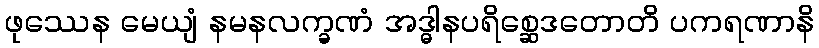
ဖုဿေန မေယျံ နမနလက္ခဏံ အဒ္ဓါနပရိစ္ဆေဒတောတိ ပကရဏာနိ